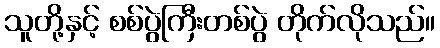
သူတို့နှင့် စစ်ပွဲကြီးတစ်ပွဲ တိုက်လိုသည်။